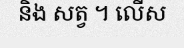
និង សត្វ ។ លើស